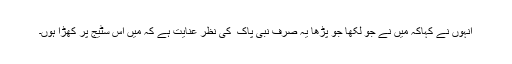
انہوں نے کہاکہ میں نے جو لکھا جو پڑھا یہ صرف نبی پاک ۖ کی نظر عنایت ہے کہ میں اس سٹیج پر کھڑا ہوں۔